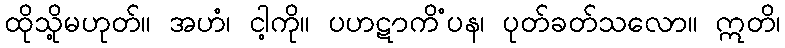
ထိုသို့မဟုတ်။ အဟံ၊ ငါ့ကို။ ပဟဋာကိံပန၊ ပုတ်ခတ်သလော။ ဣတိ၊